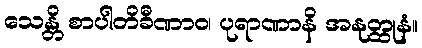
သေန္တိ စာပါတိခီဏာဝ၊ ပုရာဏာနိ အနုတ္ထုနံ။